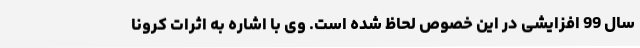
سال 99 افزایشی در این خصوص لحاظ شده است. وی با اشاره به اثرات کرونا